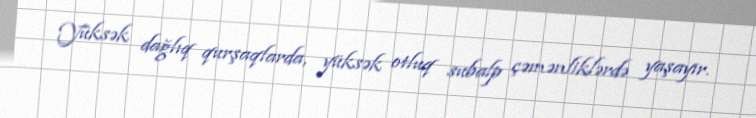
Yüksək dağlıq qurşaqlarda, yüksək otluq subalp çəmənliklərdə yaşayır.